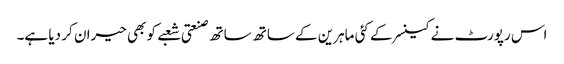
اس رپورٹ نے کینسر کے کئی ماہرین کے ساتھ ساتھ صنعتی شعبے کو بھی حیران کر دیا ہے۔